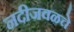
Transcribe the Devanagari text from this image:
नदीजवळचे